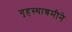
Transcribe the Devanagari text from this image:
गृहस्थाश्रमीने